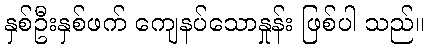
နှစ်ဦးနှစ်ဖက် ကျေနပ်သောနှုန်း ဖြစ်ပါ သည်။